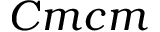
C m c m